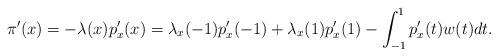
LaTeX: \begin{align*}\pi'(x)=-\lambda(x) p'_x(x) =\lambda_{x}(-1)p'_{x}(-1)+\lambda_{x}(1)p'_{x}(1)-\int_{-1}^1p_{x}'(t)w(t)dt.\end{align*}